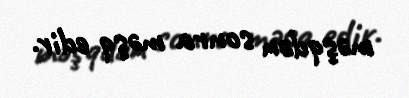
məşqdən sonra məşq edir.